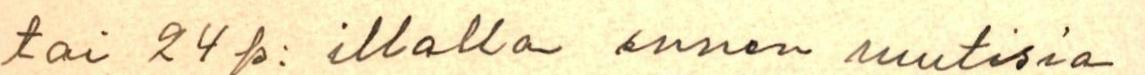
tai 24p: illalla ennen uutisia